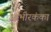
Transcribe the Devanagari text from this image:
आभीरकंका